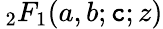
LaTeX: \, _{2}F_{1}(a,b;\mathtt{c};z)